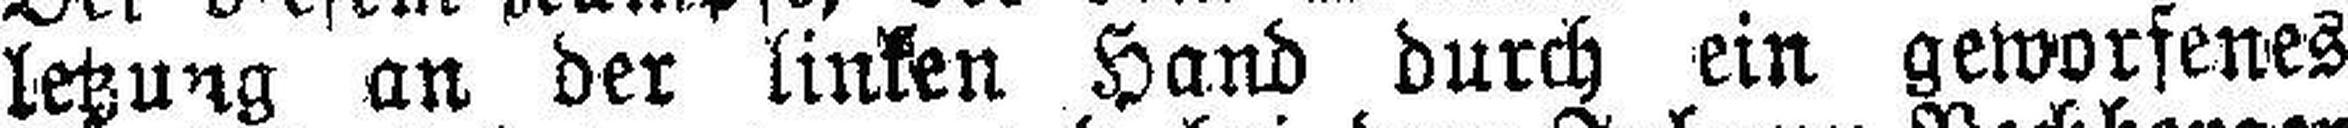
letzung an der linken Hand durch ein geworfenes